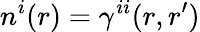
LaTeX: n^{i}(r)=\gamma^{ii}(r,r^{\prime})